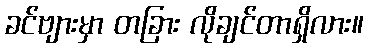
ခင်ဗျားမှာ တခြား လိုချင်တာရှိလား။